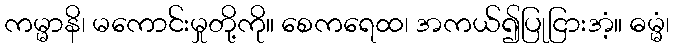
ကမ္မာနိ၊ မကောင်းမှုတို့ကို။ စေကရေထ၊ အကယ်၍ပြုငြားအံ့။ ဓမ္မံ၊